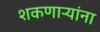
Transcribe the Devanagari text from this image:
शकणाऱ्यांना